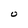
Character: O